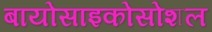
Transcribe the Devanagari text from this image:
बायोसाइकोसोशल